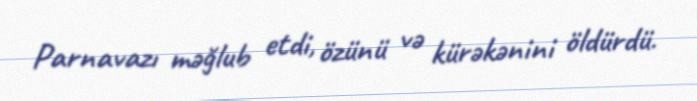
Parnavazı məğlub etdi, özünü və kürəkənini öldürdü.